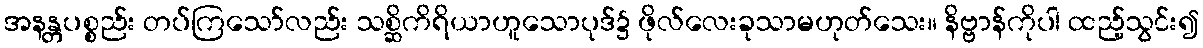
အနန္တပစ္စည်း တပ်ကြသော်လည်း သစ္ဆိကိရိယာဟူသောပုဒ်၌ ဖိုလ်လေးခုသာမဟုတ်သေး။ နိဗ္ဗာန်ကိုပါ ထည့်သွင်း၍